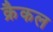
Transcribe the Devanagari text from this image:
क्रैकल